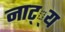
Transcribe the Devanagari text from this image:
नाट््य